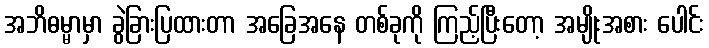
အဘိဓမ္မာမှာ ခွဲခြားပြထားတာ အခြေအနေ တစ်ခုကို ကြည့်ပြီးတော့ အမျိုးအစား ပေါင်း